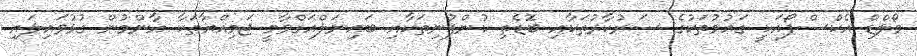
ވޯލްޑް އެކްސްޕޯއަކީ ގައުމުތަކުގެ ސަރުކާރުތަކާއި ބޮޑެތި ކުންފުނިތަކާއި ބައިނަލްއަގްވާމީ ޖަމިއްޔާތަކާ އާންމުން ގުޅުވައިލައި